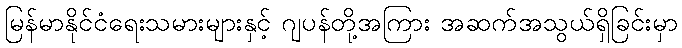
မြန်မာနိုင်ငံရေးသမားများနှင့် ဂျပန်တို့အကြား အဆက်အသွယ်ရှိခြင်းမှာ